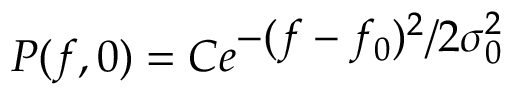
P ( f , 0 ) = \displaystyle C e ^ { \displaystyle - ( f - f _ { 0 } ) ^ { 2 } / 2 \sigma _ { 0 } ^ { 2 } }